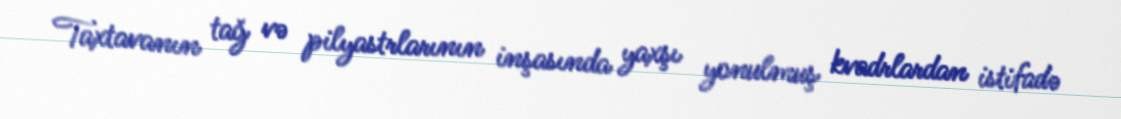
Taxtavanın tağ və pilyastrlarının inşasında yaxşı yonulmuş kvadrlardan istifadə